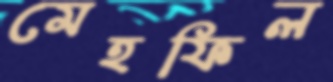
মেহফিল